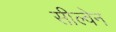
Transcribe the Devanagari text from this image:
सील्वेन